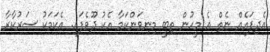
އެދިފައެއް ނެތް އެ މީހުން ތިބީ މިނިވަންކަމާ އެކު ދޫވެފައި. އެކަމަކު ސަރުކާރާ